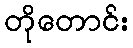
တိုတောင်း